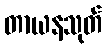
တာယနသုတ်